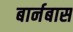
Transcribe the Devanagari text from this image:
बार्नबास